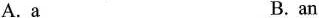
A. a B. an